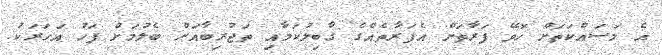
އެ މަސައްކަތަށް ހޮވޭ ފަރާތަށް އެފަރާތެއްގެ ގާބިލުކަމާއި ތަޖުރިބާއަށް ބެލުމަށް ފަހު އަހަރަކު